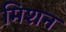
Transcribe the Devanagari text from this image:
मिशन